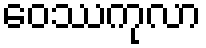
ဝေဿကုလာ